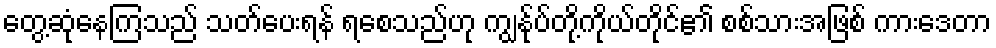
တွေ့ဆုံနေကြသည် သတ်ပေးရန် ရစေသည်ဟု ကျွန်ုပ်တို့ကိုယ်တိုင်၏ စစ်သားအဖြစ် ကားဒေတာ